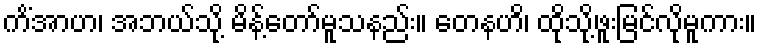
ကိံအာဟ၊ အဘယ်သို့ မိန့်တော်မူသနည်း။ တေနဟိ၊ ထိုသို့ဖူးမြင်လိုမူကား။